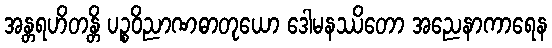
အန္တရဟိတန္တိ ပဉ္စဝိညာဏဓာတုယော ဒေါမနဿိတော အညေနာကာရေန